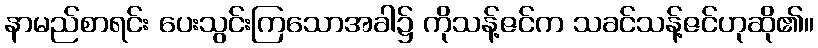
နာမည်စာရင်း ပေးသွင်းကြသောအခါ၌ ကိုသန့်ဇင်က သခင်သန့်ဇင်ဟုဆို၏။